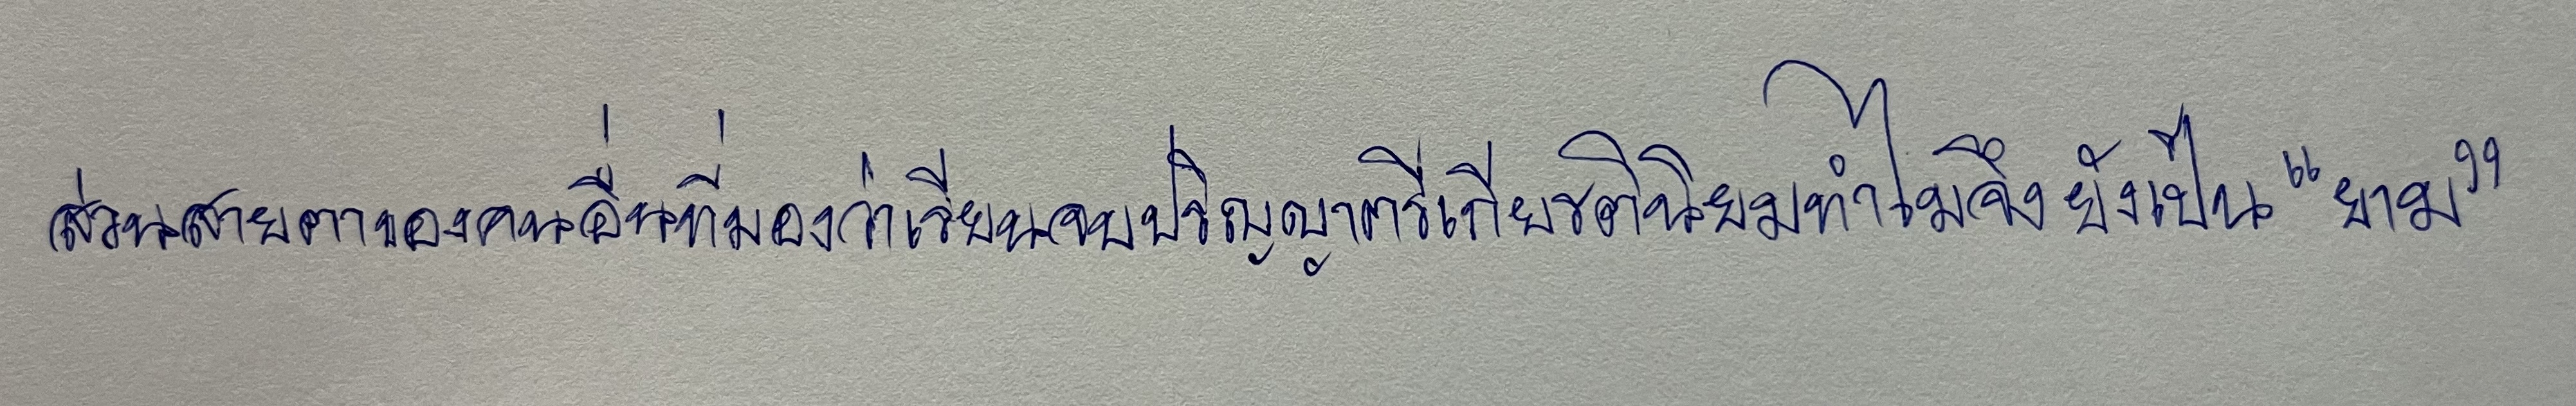
ส่วนสายตาของคนอื่นที่มองว่าเรียนจบปริญญาตรีเกียรตินิยมทำไมจึงยังเป็น"ยาม"